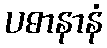
ပဓာနာနံ